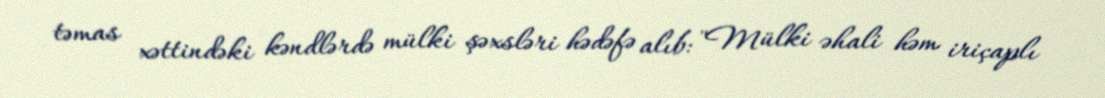
təmas xəttindəki kəndlərdə mülki şəxsləri hədəfə alıb: "Mülki əhali həm iriçaplı